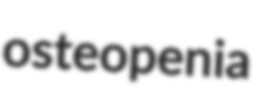
osteopenia